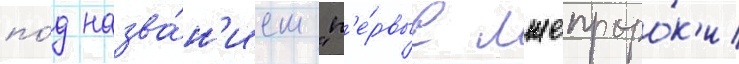
по́д назва́н'ием "п'е́рвые лжепроро́к'и